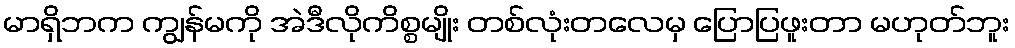
မာရှိဘက ကျွန်မကို အဲဒီလိုကိစ္စမျိုး တစ်လုံးတလေမှ ပြောပြဖူးတာ မဟုတ်ဘူး